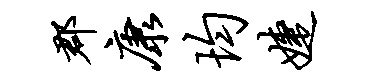
郡康均婕